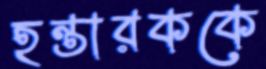
হন্তারককে